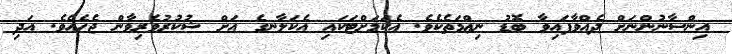
އިންސާނުންނަށް ދެއްވާފައިވާ ބޮޑު ނިޢްމަތެކެވެ. އެކަމަށްޓަކައި އެކަލާނގެ އަށް ޝުކުރުވެރިވާން ޖެހެއެވެ. އަދި